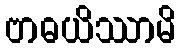
ဗာဓယိဿာမိ